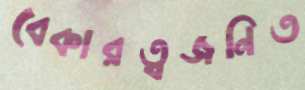
বেকারত্বজনিত